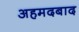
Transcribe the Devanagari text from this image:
अहमदबाद